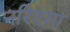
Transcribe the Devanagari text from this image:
नरिएगा